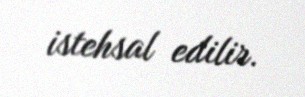
istehsal edilir.